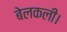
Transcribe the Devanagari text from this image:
बेलकली।